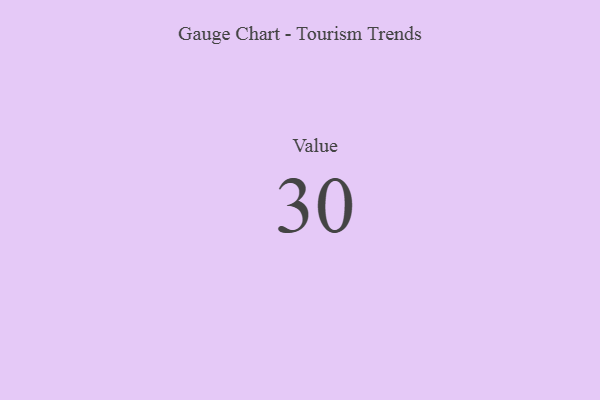
{"axis": {"x": "Metric", "y": "Value"}, "legend": [""], "data": [{"x": "Value", "y": 30, "type": ""}]}